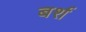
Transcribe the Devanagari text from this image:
बर्श